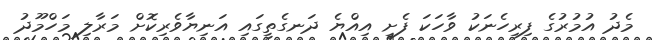
މެދު އުމުރުގެ ފިރިހެނަކު ވާހަކަ ފެށީ އިއްޔެ ދަނގެތީގައި އަނިޔާވެރިކޮށް މަރާލި މަހްމޫދު